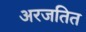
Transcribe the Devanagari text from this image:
अरजतित